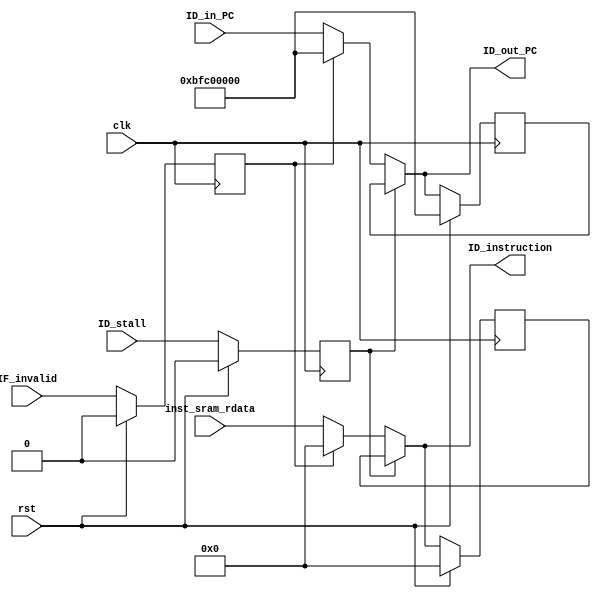
module ID_IRbuffer(
	input         clk,
	input         rst,
	input         ID_stall,
	input         IF_invalid,
	input  [31:0] inst_sram_rdata,
	input  [31:0] ID_in_PC,
	
	output [31:0] ID_instruction,
	output [31:0] ID_out_PC
);

	reg    [31:0] IR_buffer;
	reg    [31:0] PC_buffer;
	reg           ID_stall_reg;
	reg           IF_invalid_reg;

	always @(posedge clk) begin
		if (rst) begin
			IR_buffer      <= 32'd0;
			PC_buffer      <= 32'hbfc00000;
			ID_stall_reg   <= 1'b0;
			IF_invalid_reg <= 1'b0;
		end else begin
			IR_buffer      <= ID_instruction;
			PC_buffer      <= ID_out_PC;
			ID_stall_reg   <= ID_stall;
			IF_invalid_reg <= IF_invalid;
		end
	end

	assign ID_instruction = ID_stall_reg ? IR_buffer : IF_invalid_reg ? 32'h0 : inst_sram_rdata;
	assign ID_out_PC      = ID_stall_reg ? PC_buffer : IF_invalid_reg ? 32'hbfc00000 : ID_in_PC;

endmodule